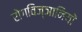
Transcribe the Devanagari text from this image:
रोगविज्ञानियों